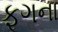
ફૂગના